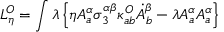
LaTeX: L _ { \eta } ^ { O } = \int \lambda \left\{ \eta A _ { a } ^ { \alpha } \sigma _ { 3 } ^ { \alpha \beta } \kappa _ { a b } ^ { O } \dot { A } _ { b } ^ { \beta } - \lambda A _ { a } ^ { \alpha } A _ { a } ^ { \alpha } \right\}